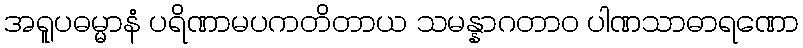
အရူပဓမ္မာနံ ပရိဏာမပကတိတာယ သမန္နာဂတာဝ ပါဏသာဓာရဏော